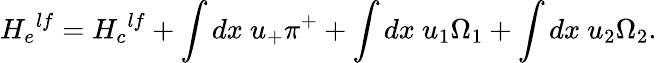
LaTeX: {H_{e}}^{lf}={H_{c}}^{lf}+\int dx~u_{+}\pi^{+}+\int dx~u_{1}\Omega_{1}+\int dx~u_{2}\Omega_{2}.